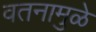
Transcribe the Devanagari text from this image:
वतनामुळे